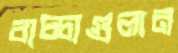
বাচ্চাগুলান